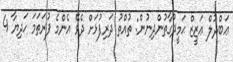
ޢަބްދުލް ޢަޒީޒް ޙަމީދުގާތުންދިނުން: ތުއްތު ދަރިފުޅަށް ދެވޭ އެންމެ ފުރަތަމަ ހަދިޔާ 4